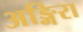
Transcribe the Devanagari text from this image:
अङ्गिरा